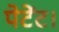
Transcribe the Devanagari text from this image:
पेटेंट।